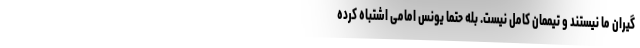
گیران ما نیستند و تیممان کامل نیست. بله حتما یونس امامی اشتباه کرده